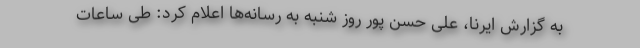
به گزارش ایرنا، علی حسن پور روز شنبه به رسانه‌ها اعلام کرد: طی ساعات